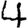
Digit: 4